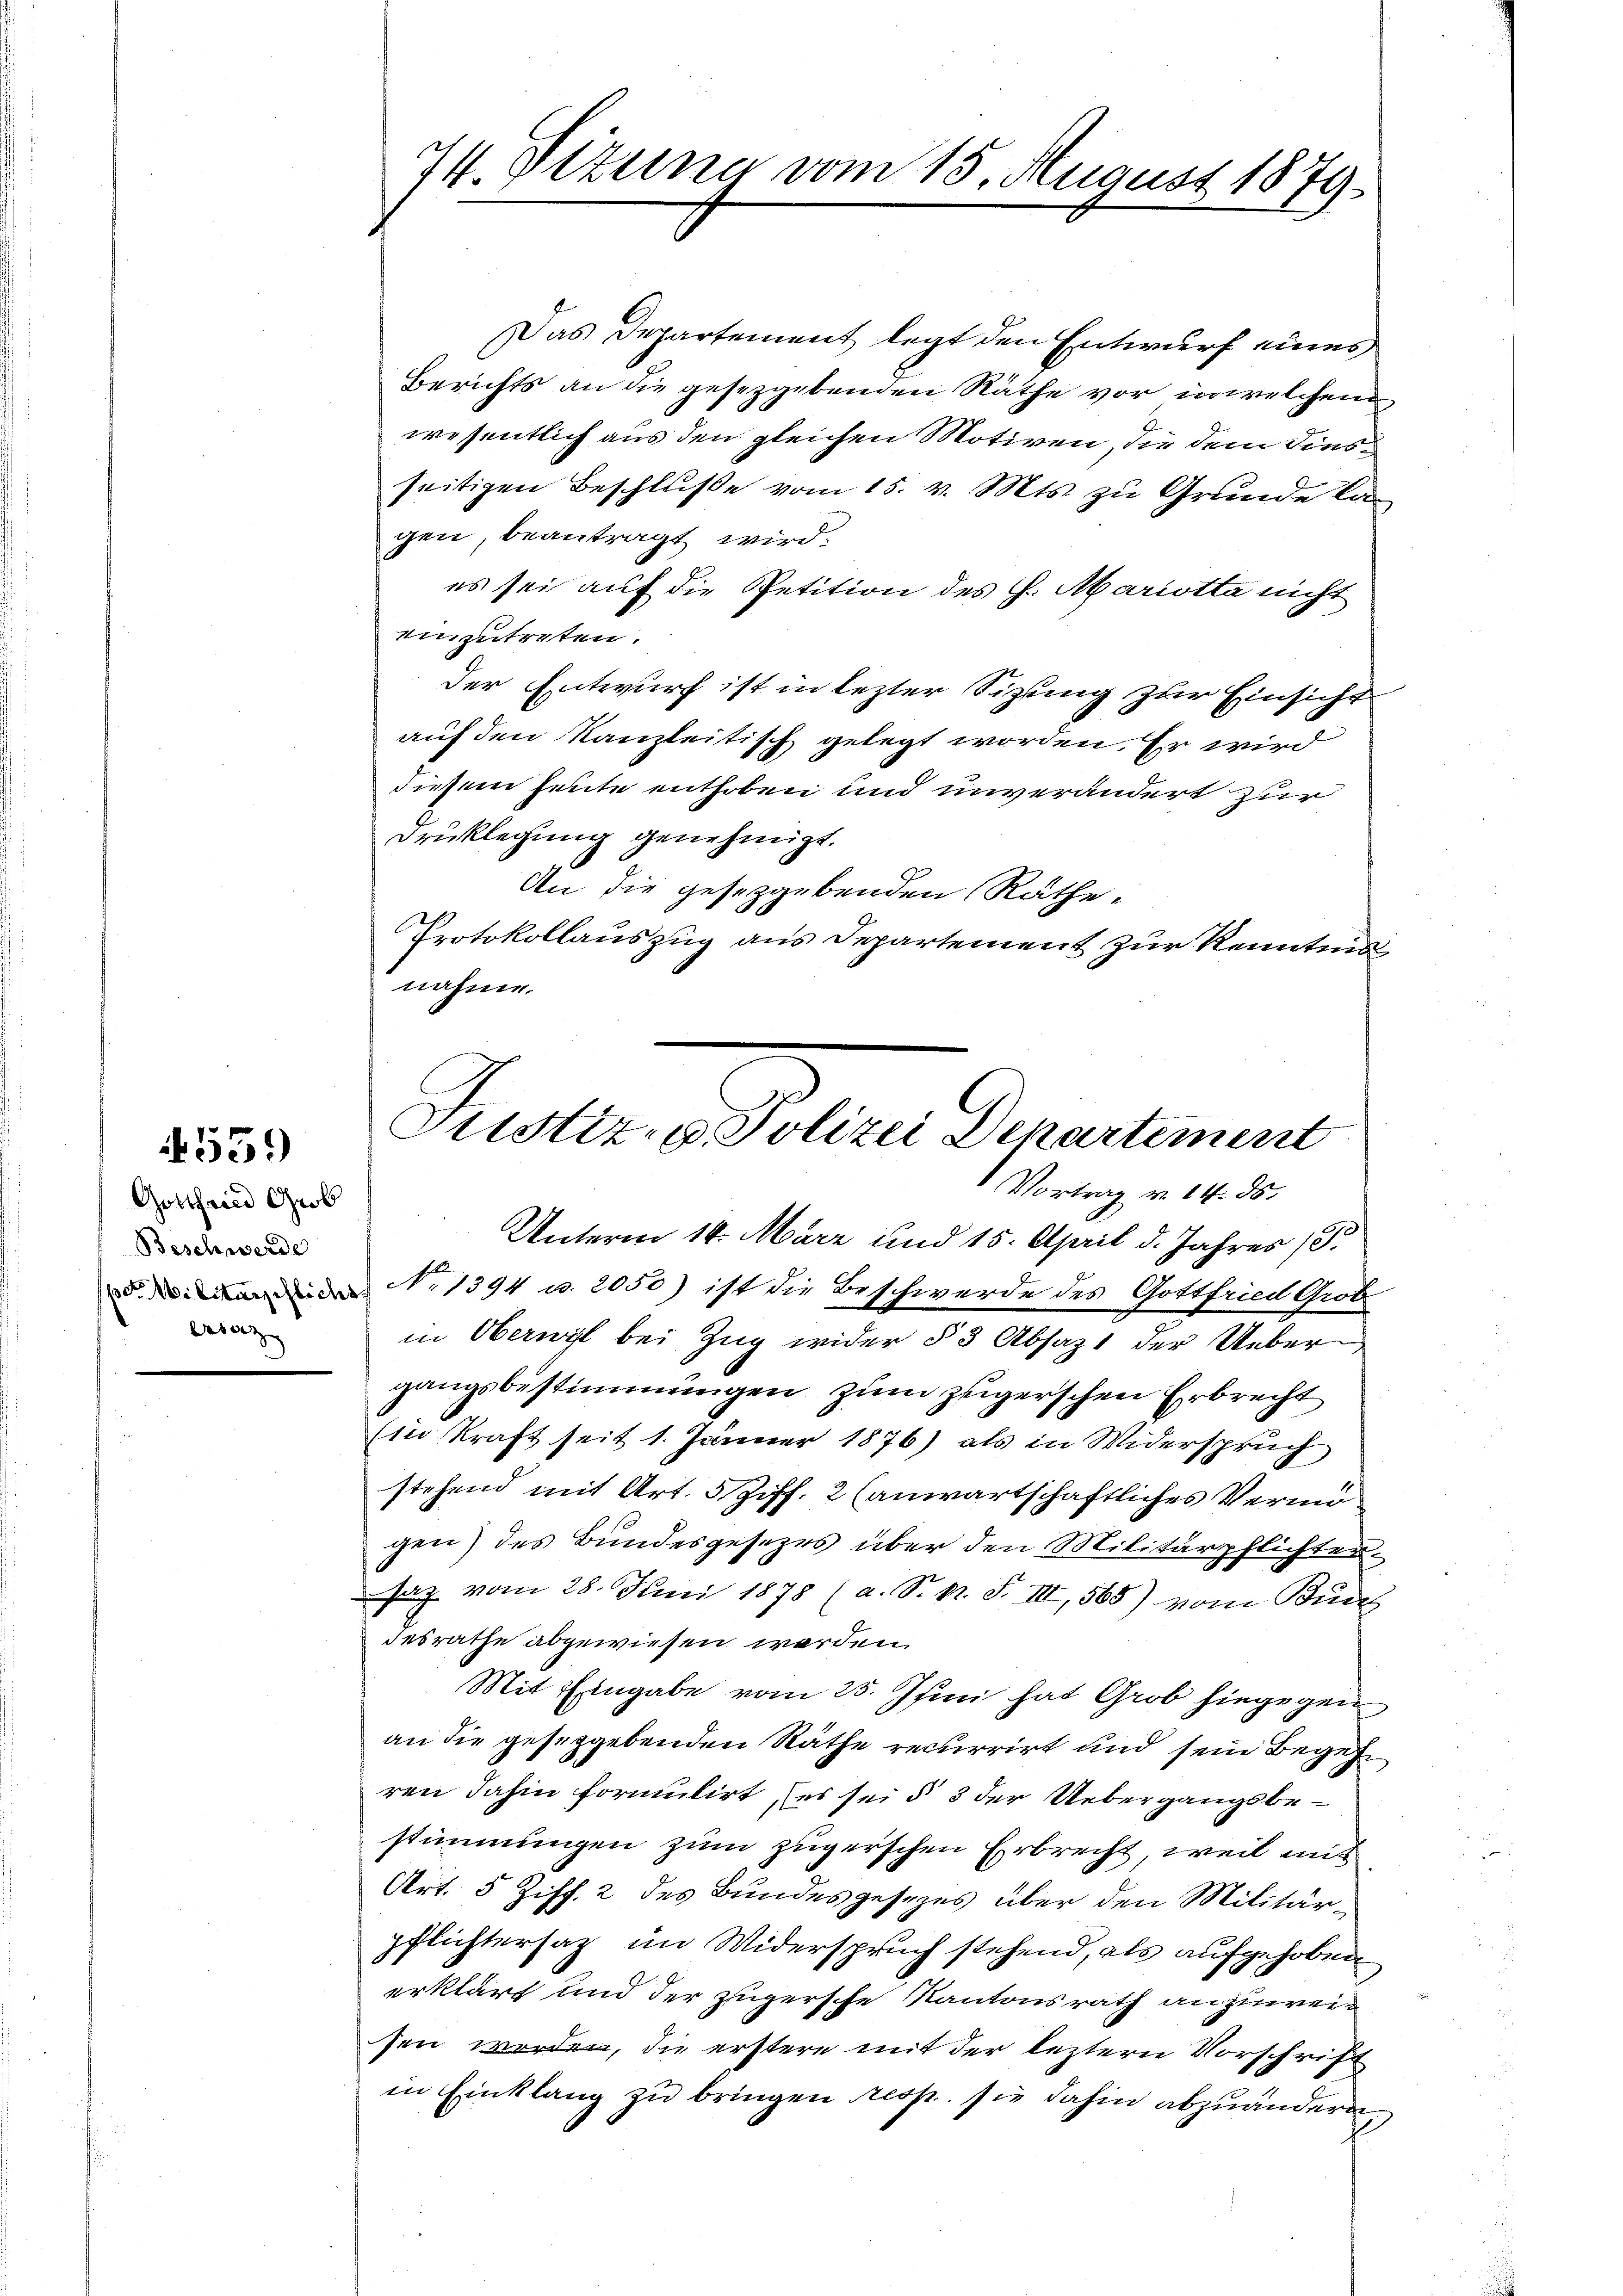
455.

Gotthain Grob
Beschwerde
Ersatz

74. Situng vom 15. August 1879

Puster.  Kollen Departement
Vortrag v. 14. ds.

Das Departement legt den Entwurf eines
Berichts an die gesetzgebenden Räthe vor, in welchen
wesentlich aus den gleichen Motiven, die dem diesseitigen Beschluße vom 15. v. Mts. zu Grunde la
gen, beantragt wird.
es sei auf die Petition des H. Mariotta nicht
einzutreten.
der Entwurf ist in lezter Sitzung zur Einsicht
auf den Kanzleitisch gelegt worden. Er wird
diesem heute enthoben und unverändert zur
Drucklegung genehmigt.
An die gesetzgebenden Räthe:
Protokollauszug aus Departement zur Kenntnis
nahme.

Unterm 14. März und 15. April d. Jahres (T.
N. 1394 u. 2050) ist die Beschwerde des Gottfried Grotz
in Oberwyl bei Zug wider § 3 Absatzt der Uebergangsbestimmungen zum zugerschen Erbrecht
Ein Kraft seit 1. Jänner 1876) als in Widerspruch
stehend mit Art. 5 Ziff. 2 (anwartschaftliches Vermigen) des Bundesgesezes über den Militärpflichter
saz vom 28. Juni 1878 (a. S. pr. S. III, 568) vom Buch
desrathe abgewiesen werden.
Mit Eingabe vom 25. Juni hat Grob hiegegen
an die gesetzgebenden Räthe recurrirt und sein Begehren dahin formulirt, (es sei § 3 der Uebergangsbestimmungen zum zugerschen Erbrecht, weil mit
Art. 5 Ziff. 2 des Bundesgesezes über den Militärpflichtersatz im Widerspruch stehend, als aufgehoben
erklärt und der zugersche Kantonsrath anzuweisen worden, die erstere mit der leztern Vorschrift
in Einklang zu bringen resp. sie dahin abzuändern